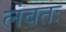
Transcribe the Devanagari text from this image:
लंबतः